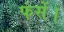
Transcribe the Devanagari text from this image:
फंसें।